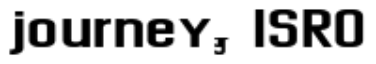
journey, ISRO